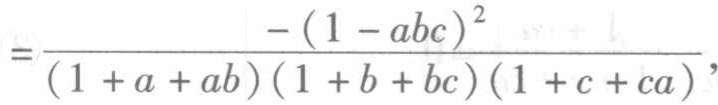
\[=\frac{-(1 - abc)^{2}}{(1 + a + ab)(1 + b + bc)(1 + c + ca)},\]